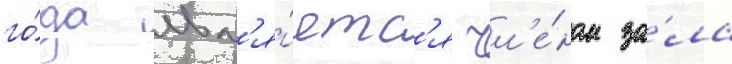
го́да явл'я́етс'я чл'е́ном за́ла